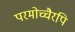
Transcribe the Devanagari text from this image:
परमोच्चैरपि